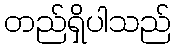
တည်ရှိပါသည်